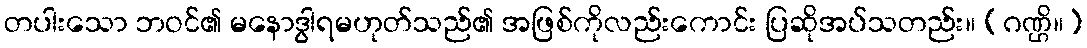
တပါးသော ဘဝင်၏ မနောဒွါရမဟုတ်သည်၏ အဖြစ်ကိုလည်းကောင်း ပြဆိုအပ်သတည်း။ (ဂဏ္ဌိ။)